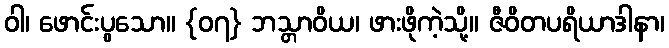
ဝါ၊ ဖောင်းပွသော။ {၀၇} ဘသ္တာဝိယ၊ ဖားဖိုကဲ့သို့။ ဇီဝိတပရိယာဒါနာ၊